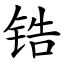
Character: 锆